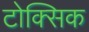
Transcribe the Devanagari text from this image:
टोक्सिक